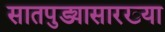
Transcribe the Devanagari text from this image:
सातपुड्यासारख्या